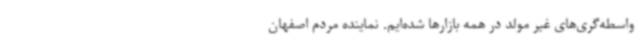
واسطه‌گری‌های غیر مولد در همه بازارها شده‌ایم. نماینده مردم اصفهان